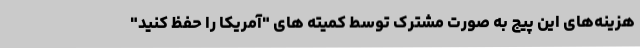
هزینه‌های این پیج به صورت مشترک توسط کمیته های "آمریکا را حفظ کنید"